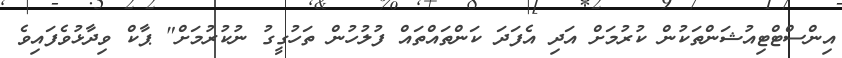
އިންސްޓްޓިއުޝަންތަކުން ކުރުމަށް އަދި އެފަދަ ކަންތައްތައް ފުލުހުން ތަހުގީގު ނުކުރުމަށް" ޕާކް ވިދާޅުވެފައިވެ